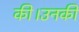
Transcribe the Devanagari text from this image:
की।उनकी